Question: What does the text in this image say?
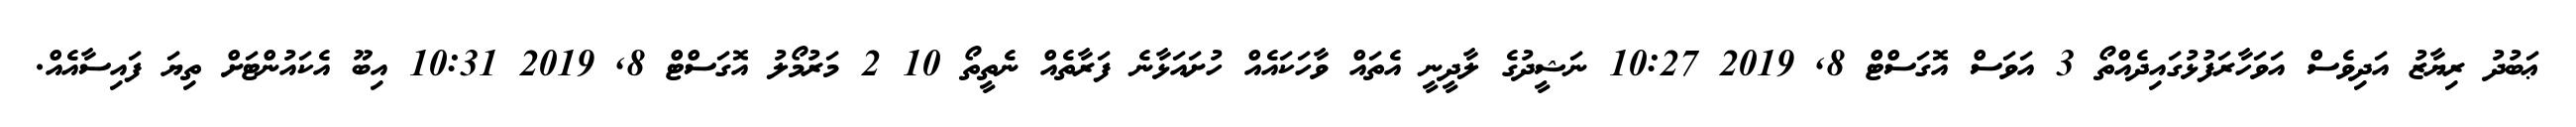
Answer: ޢަބުދު ރިޔާޒު އަދިވެސް އަވަހާރަފުޅުގައިދެއްތޯ 3 އަވަސް އޮގަސްޓް 8, 2019 10:27 ނަޝީދުގެ ލާދީނީ އެތައް ވާހަކައެއް ހުށައަޅާނެ ފަރާތެއް ނެތީތޯ 10 2 މަރުމޯލު އޮގަސްޓް 8, 2019 10:31 އިބޫ އެކައުންޓަށް ތިޔަ ފައިސާއެއް.